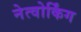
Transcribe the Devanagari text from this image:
नेत्वोर्किंग